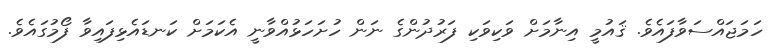
ހަމަޖައްސަވާފައެވެ. ޤައުމީ އިނާމަށް ވަކިވަކި ފަރުދުންގެ ނަން ހުށަހަޅުއްވާނީ އެކަމަށް ކަނޑައެޅިފައިވާ ފޯމުގައެވެ.